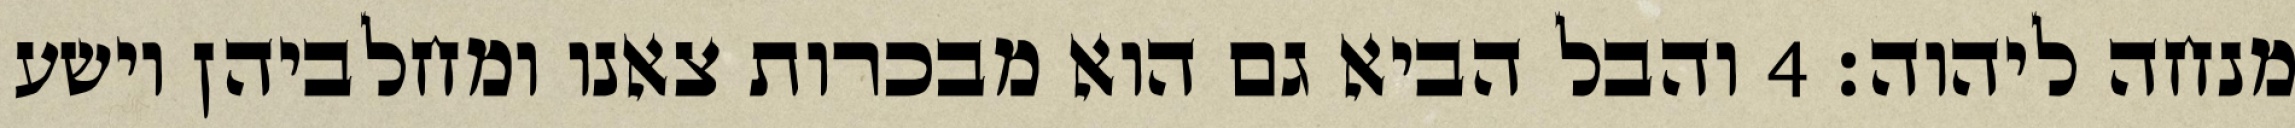
מנחה ליהוה׃ ‎4‏ והבל הביא גם הוא מבכרות צאנו ומחלביהן וישע